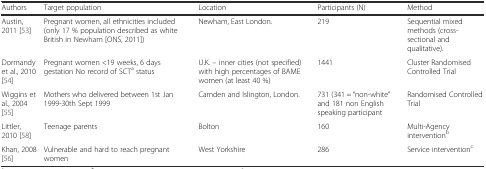
| Authors | Target population | Location | Participants (N) | Method |
 | --- | --- | --- | --- | --- |
 | Austin, 2011 [53] | Pregnant women, all ethnicities included (only 17 % population described as white British in Newham [ONS, 2011]) | Newham, East London. | 219 | Sequential mixed methods (cross-sectional and qualitative). |
 | Dormandy et al., 2010 [54] | Pregnant women <19 weeks, 6 days gestation No record of SCTa status | U.K. – inner cities (not specified) with high percentages of BAME women (at least 40 %) | 1441 | Cluster Randomised Controlled Trial |
 | Wiggins et al., 2004 [55] | Mothers who delivered between 1st Jan 1999-30th Sept 1999 | Camden and Islington, London. | 731 (341 = “non-white” and 181 non English speaking participant | Randomised Controlled Trial |
 | Littler, 2010 [58] | Teenage parents | Bolton | 160 | Multi-Agency interventionb |
 | Khan, 2008 [56] | Vulnerable and hard to reach pregnant women | West Yorkshire | 286 | Service interventionc |